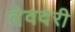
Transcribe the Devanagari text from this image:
देवदरी